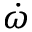
\dot { \omega }